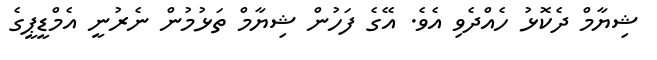
ޝިޔާމް ދެކޮޅު ހެއްދެވި އެވެ. އޭގެ ފަހުން ޝިޔާމް ތަޅުމުން ނެރުނީ އެމްޑީޕީގެ